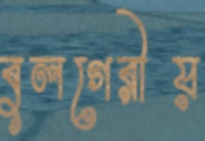
বুলগেরীয়